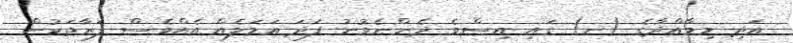
އަދި މިމާއްދާގެ (ނ) ގައި އިސްވެ ދެންނެވުނު ފަދަ އަމަލެއް އެއްވެސް ފަރާތަކުން